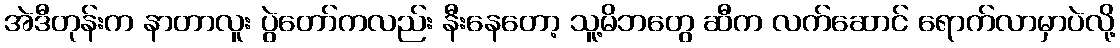
အဲဒီတုန်းက နာတာလူး ပွဲတော်ကလည်း နီးနေတော့ သူ့မိဘတွေ ဆီက လက်ဆောင် ရောက်လာမှာပဲလို့